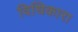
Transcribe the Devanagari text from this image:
विधिकारा